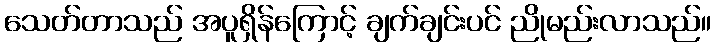
သေတ်တာသည် အပူရှိန်ကြောင့် ချက်ချင်းပင် ညိုမည်းလာသည်။